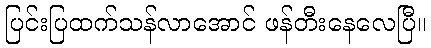
ပြင်းပြထက်သန်လာအောင် ဖန်တီးနေလေပြီ။